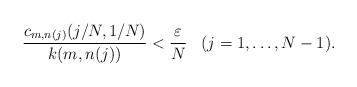
LaTeX: \begin{align*}\begin{aligned}\frac{c_{m,n(j)}(j/N, 1/N)}{k(m,n(j))} &< \frac{\varepsilon}{N} & (j = 1, \dots, N-1). \end{aligned}\end{align*}